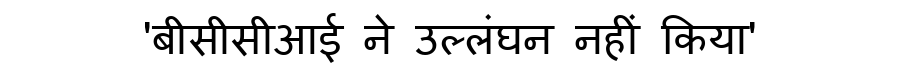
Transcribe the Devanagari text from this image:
'बीसीसीआई ने उल्लंघन नहीं किया'